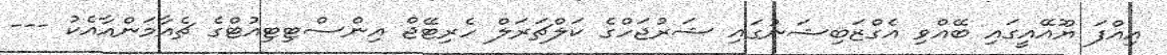
އިއްފަ ޔޫއޭއީގައި ބޭއްވި އެގްޒަބިޝަނުގައި ޝަރުޖަހްގެ ކަލްޗަރަލް ހެރިޓޭޖް އިންސްޓިޓިއުޓްގެ ޗެއާމަންއާއެކު ---